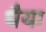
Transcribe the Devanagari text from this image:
धैया